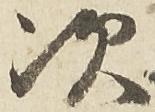
次